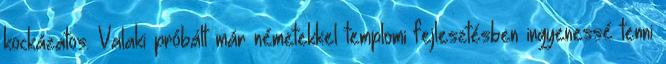
kockázatos. Valaki próbált már németekkel templomi fejlesztésben ingyenessé tenni